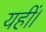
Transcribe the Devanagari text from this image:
यहीं।